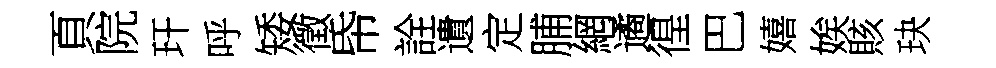
頁院玕呼矮徵帋詮遺定脯網遹徨巴嬉娭賅玦